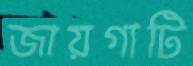
জায়গাটি